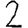
Digit: 2